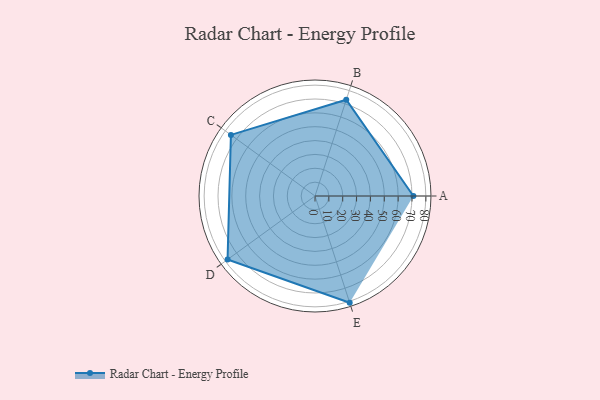
{"axis": {"x": "Skill", "y": "Score"}, "legend": ["Profile"], "data": [{"x": "A", "y": 71.0, "type": "Profile"}, {"x": "B", "y": 73.0, "type": "Profile"}, {"x": "C", "y": 75.0, "type": "Profile"}, {"x": "D", "y": 78.0, "type": "Profile"}, {"x": "E", "y": 81.0, "type": "Profile"}]}